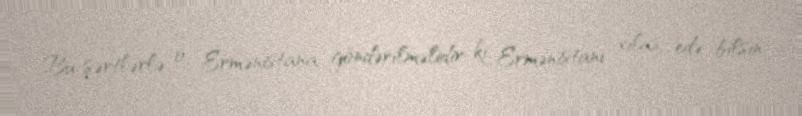
Bu şərtlərlə o, Ermənistana göndərilməlidir ki, Ermənistanı xilas edə bilsin,